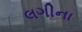
લગીના